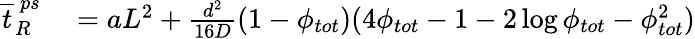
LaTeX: \begin{array}{rl}{\overline{{t}}_{R}^{\ ps}}&{{}=aL^{2}+\frac{d^{2}}{16D}(1-\phi_{tot})(4\phi_{tot}-1-2\log\phi_{tot}-\phi_{tot}^{2})}\end{array}